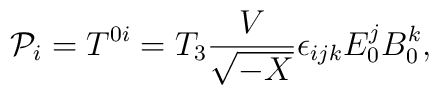
{\cal P}_i = T^{0i} = T_3 \frac{V}{\sqrt{-X}} \epsilon_{ijk} E_0^j B_0^k,